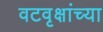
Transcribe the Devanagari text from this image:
वटवृक्षांच्या